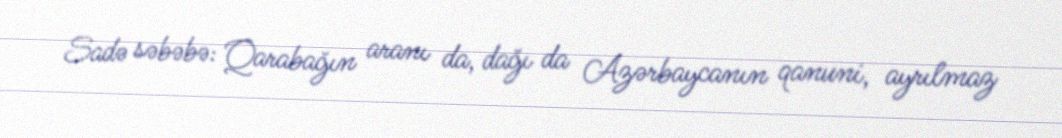
Sadə səbəbə: Qarabağın aranı da, dağı da Azərbaycanın qanuni, ayrılmaz